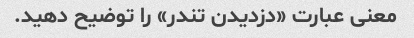
معنی عبارت «دزدیدن تندر» را توضیح دهید.